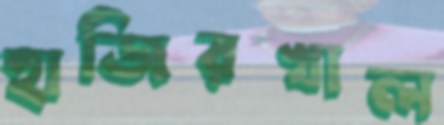
হাজিরখাল